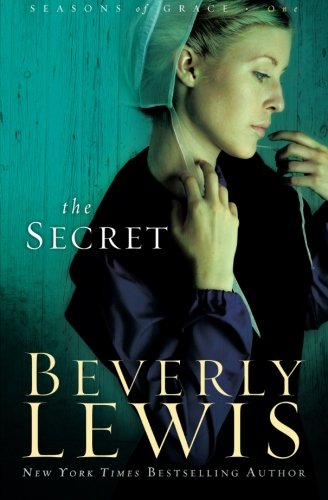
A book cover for The Secret (Seasons of Grace, Book 1) (Volume 1); Beverly Lewis; Romance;